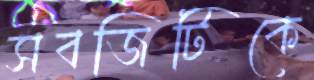
সবজিটিকে